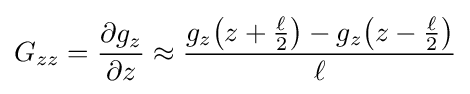
G_{zz}={\partial g_{z} \over \partial z}\approx {g_{z}{\bigl (}z+{\tfrac {\ell }{2}}{\bigr )}-g_{z}{\bigl (}z-{\tfrac {\ell }{2}}{\bigr )} \over \ell }